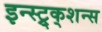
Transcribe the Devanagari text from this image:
इन्स्ट्र्क्शन्स